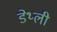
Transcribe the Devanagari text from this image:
डेथ्ली